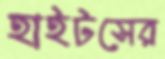
হাইটসের